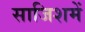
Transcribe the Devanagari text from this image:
साजिशमें